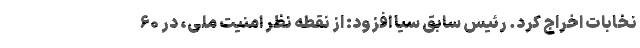
نخابات اخراج کرد. رئیس سابق سیا افزود: از نقطه نظر امنیت ملی، در ۶۰